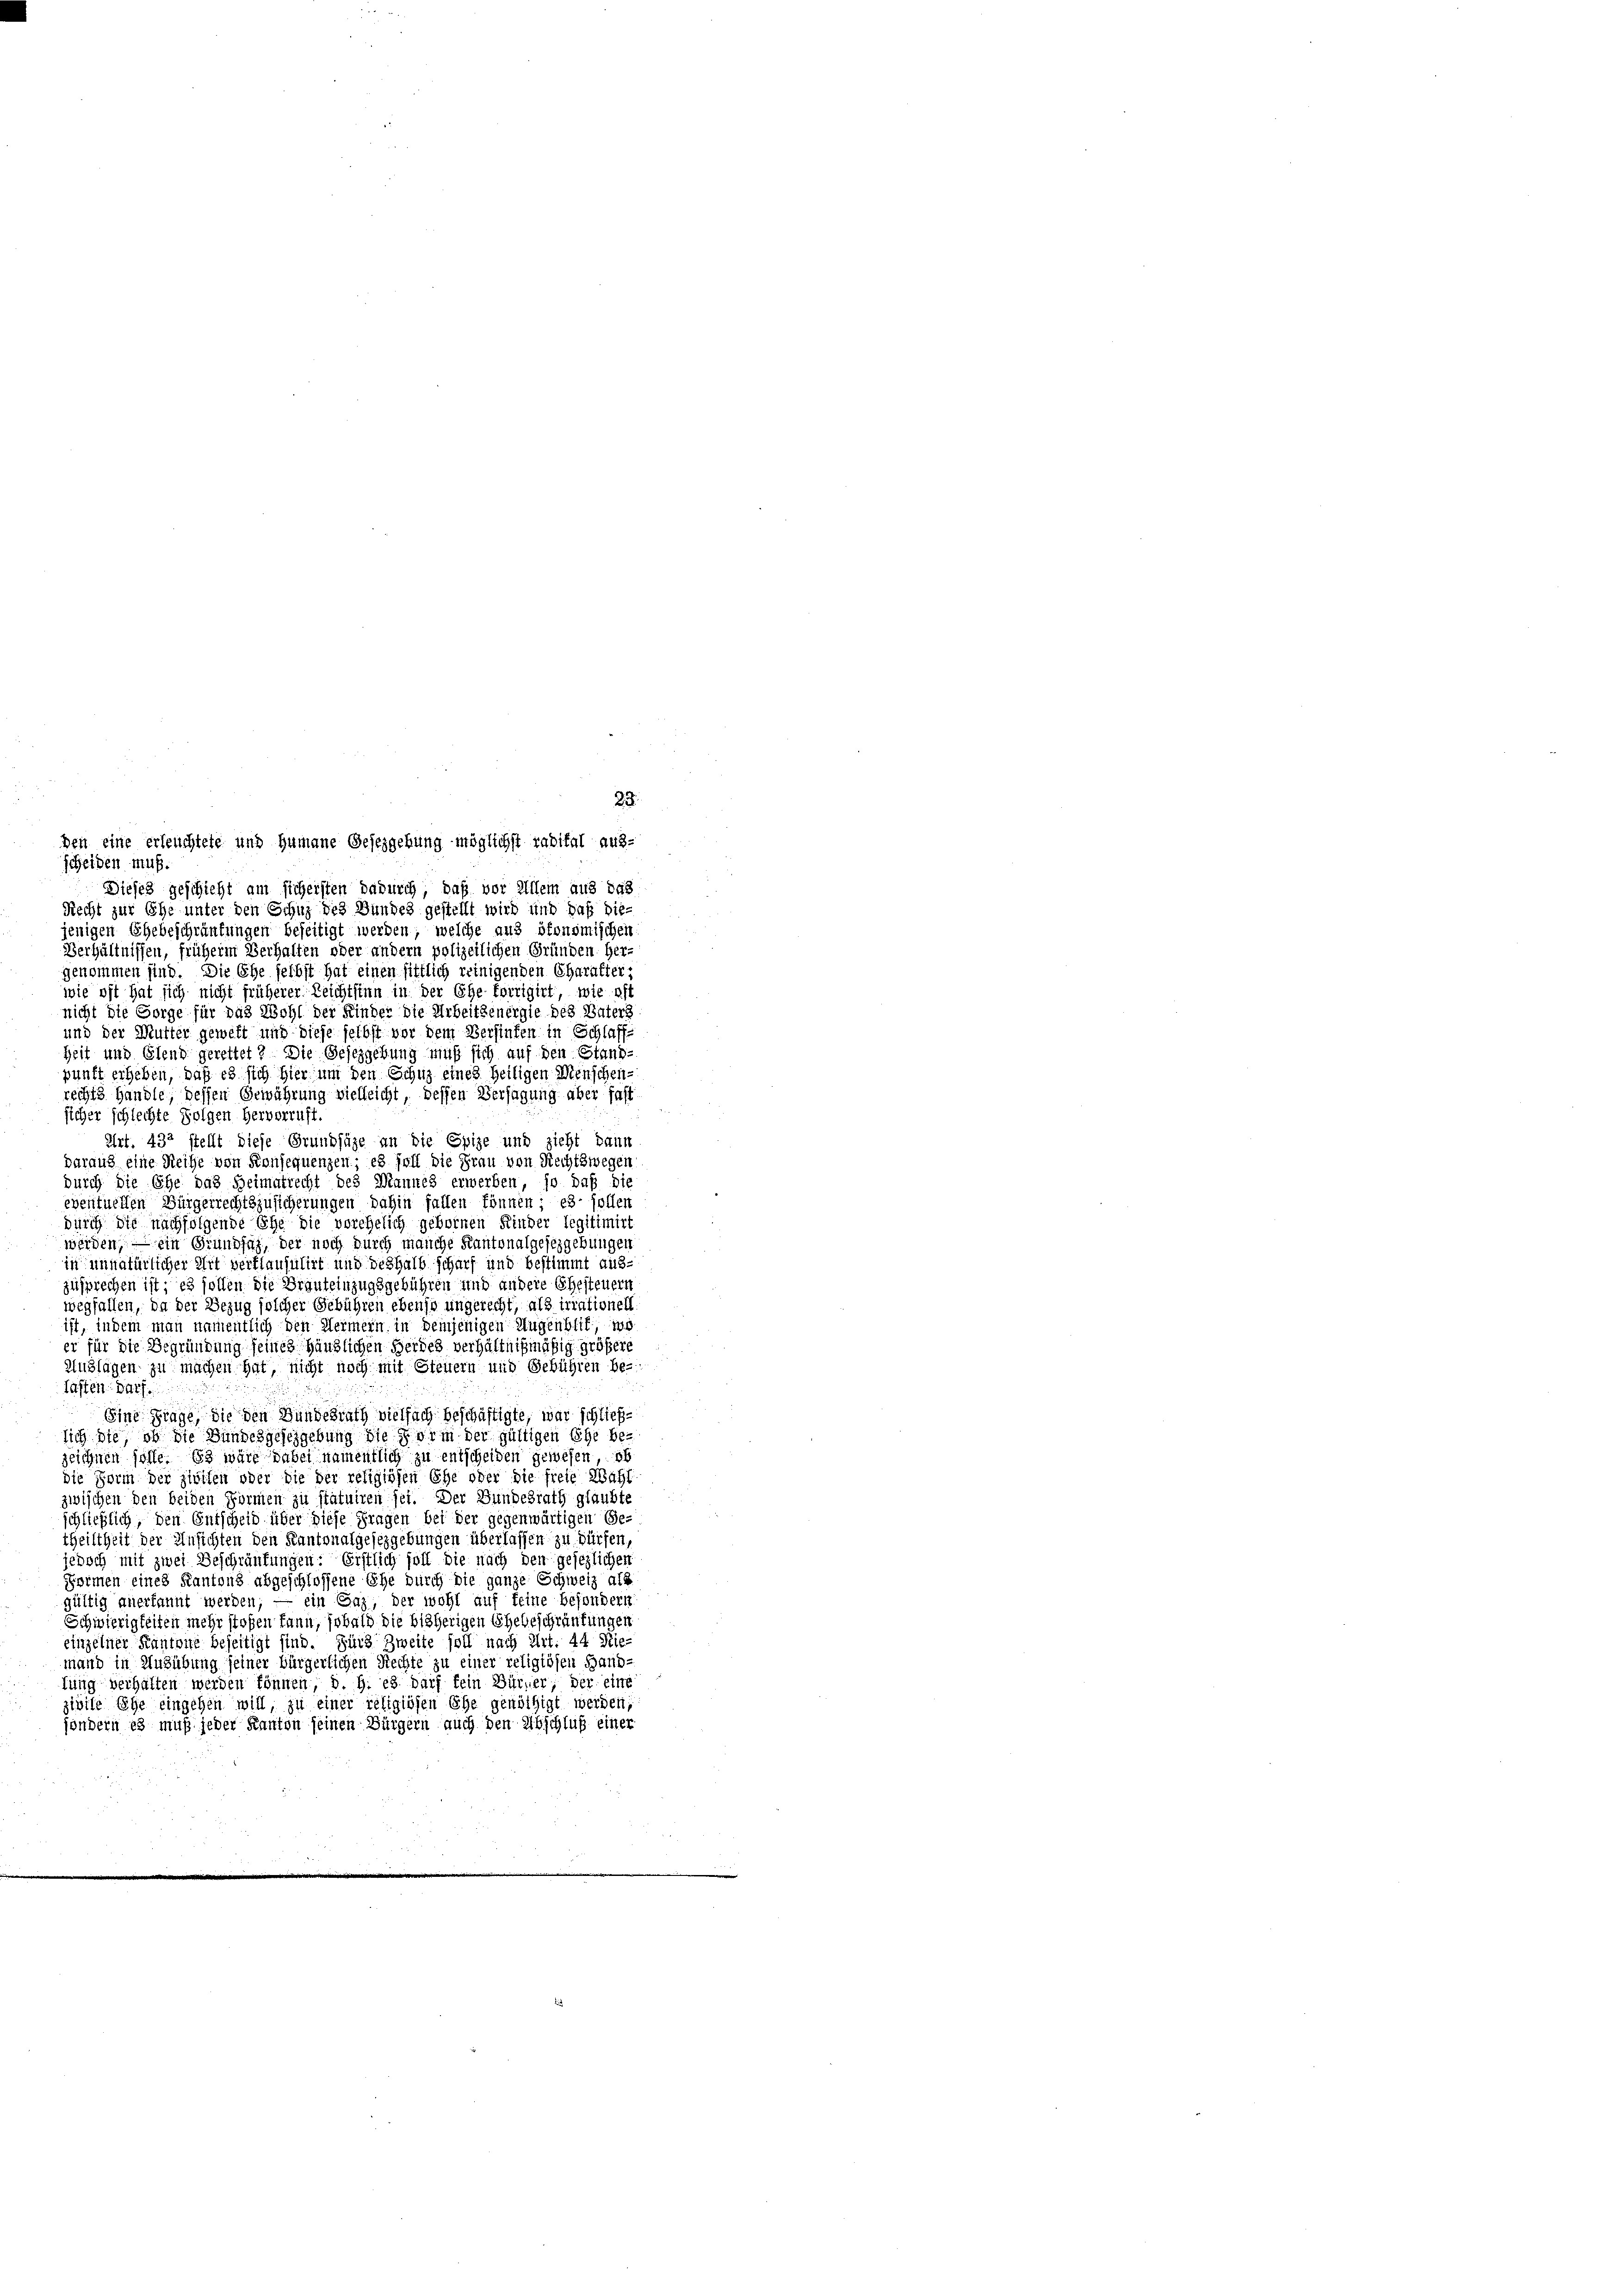
23.
den eine erleuchtete und Humane Gesezgebung möglichst radital aus-
scheiden muß.
Dieses geschieht am sichersten dadurch, daß vor Allein aus 848
Recht zur Ehe unter den Schuz des Bundes gestellt wird und daß die-
jenigen Ehebeschränkungen beseitigt werden, welche aus ökonomischen
Verhältnissen, früherm Verhalten oder andern polizeilichen Gründen Her-
genommen sind. Die Ehe selbst hat einen sittlich reinigenden Charakter;
wie oft hat sich nicht früherer Leichtsinn in der Ehe-forrigirt, wie oft
nicht die Sorge für das Wohl der Kinder die Arbeitgenergie des Vaters
und der Mutter gewest und diese selbst vor dem Versinten in Schlaff-
Zeit und Elend gerettet? Die Gesetzgebung muß sich auf den Stand-
punft erheben, daß es sich hier um den Schuz eines heiligen Menschen-
rechts Handle, dessen Gewährung vielleicht, dessen Versagung aber fast
sicher schlechte Folgen Hervorruft.
Art. 432 stellt diese Grundsäze an die Epize und zieht dann
daraus eine Reihe von Konsequenzen, es soll die Frau von Rechtswegen
durch die Ehe das Heimatrecht des Mannes erwerben, so daß die
eventuellen Bürgerrechtszusicherungen dahin fallen können; es sollen
durch die nachfolgende Ehe die vorehelich gebornen Kinder legitimirt
werden, — ein Grundsah, der noch durch manche Kantonalgesezgebungen
in unnatürlicher Art verflausulirt und deshalb scharf und bestimmt auszusprechen ist; es sollen die Brauteinzugsgebühren und andere Ehesteuern
wegfallen, da der Bezug solcher Gebühren ebenso ungerecht, als irrationell
ist, indem man namentlich den Hermein in demjenigen Augenblic, woer für die Begründung seines Händlichen Herdes verhältnißmäßig größere
Auslagen zu machen hat, nicht noch mit Steuern und Gebühren be-
lasten darf.
Eine Frage, die den Hundesrath vielfach beschäftigte, war schließsich die, ob die Bundesgeschgebung die Form der gültigen Ehe be-
zeichnen solle. 83 wäre dabei namentlich zu entscheiden gewesen, ob
die Form der Zivilen oder die der religiösen Ehe oder die freie Wahl
zwischen den beiden Formen zu statuiren sei. Der Bundesrath glaubte
schließlich, den Entscheid über diese Fragen bei der gegenwärtigen Ge-
theiltheit der Ansichten den Kantonalgesezgebungen überlassen zu dürfen,
jedoch mit zwei Beschränkungen: Erstlich soll die nach den gesezlichen
Formen eines Kantons abgeschlossene Ehe durch die ganze Schweiz als
gültig anerkannt werden; — ein Gaz, der wohl auf keine besondern:
Schwierigkeiten mehr stoßen kann, sobald die bisherigen Ehebeschränkungen
einzelner Kantone beseitigt sind. Fürs Zweite soll nach Art. 44 Riemand in Ausübung seiner bürgerlichen Rechte zu einer religiösen Hand-
fung verhalten werden können, d. h. es darf fein Bürger, der eine
zivile Ehe eingehen will, zu einer religiösen Ehe genöthigt werden;
söndern es muß jeder Kanton seinen Bürgern auch den Abschluß einer